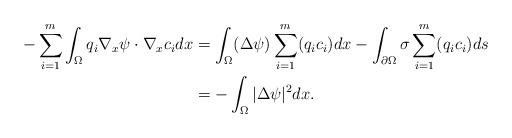
LaTeX: \begin{align*} - \sum_{i=1}^m \int_{\Omega} q_i \nabla_x \psi \cdot \nabla_x c_i dx & =\int_{\Omega} (\Delta \psi) \sum_{i=1}^m (q_ic_i)dx - \int_{\partial \Omega} \sigma \sum_{i=1}^m (q_ic_i)ds \\ & =-\int_{\Omega}|\Delta \psi|^2dx.\end{align*}